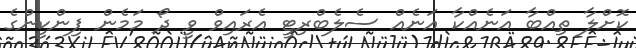
ކޮށްލާ ތިއްބާ އަނެއްކާ އަނެއް ސެލެބްރިޓީ އެރައިވް ވީ ދޯ މަމެން ޕިންކީންގެ